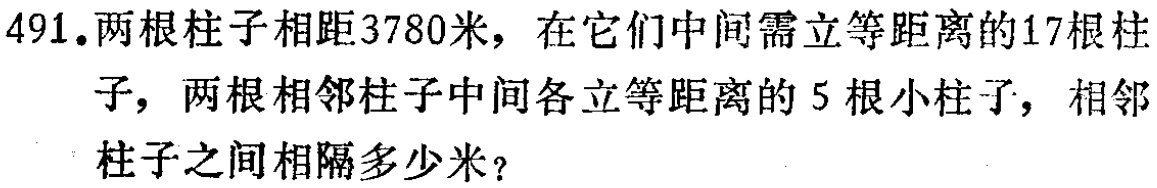
491.两根柱子相距3780米，在它们中间需立等距离的17根柱子，两根相邻柱子中间各立等距离的5根小柱子，相邻柱子之间相隔多少米？